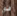
فو